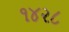
૧૪૨૮